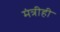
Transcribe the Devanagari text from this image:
मंत्रीही